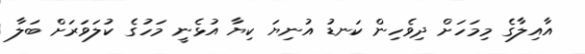
އާއިލާގެ މިމަހަށް ދިވެހިން ކަނޑު އުނިޔަ ކިޔާ އުޅެނީ މަހުގެ ކުލަވަރަށް ބަލާ